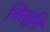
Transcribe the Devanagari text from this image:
निरसुनि